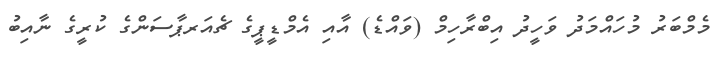
މެމްބަރު މުހައްމަދު ވަހީދު އިބްރާހިމް (ވައްޑެ) އާއި އެމްޑީޕީގެ ޗެއަރޕާސަންގެ ކުރީގެ ނާއިބު